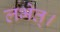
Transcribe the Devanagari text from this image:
लभेत्।